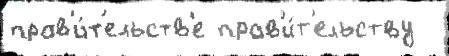
прав'и́т'ельств'е прав'и́т'ельству